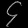
Digit: ၄